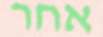
אחר